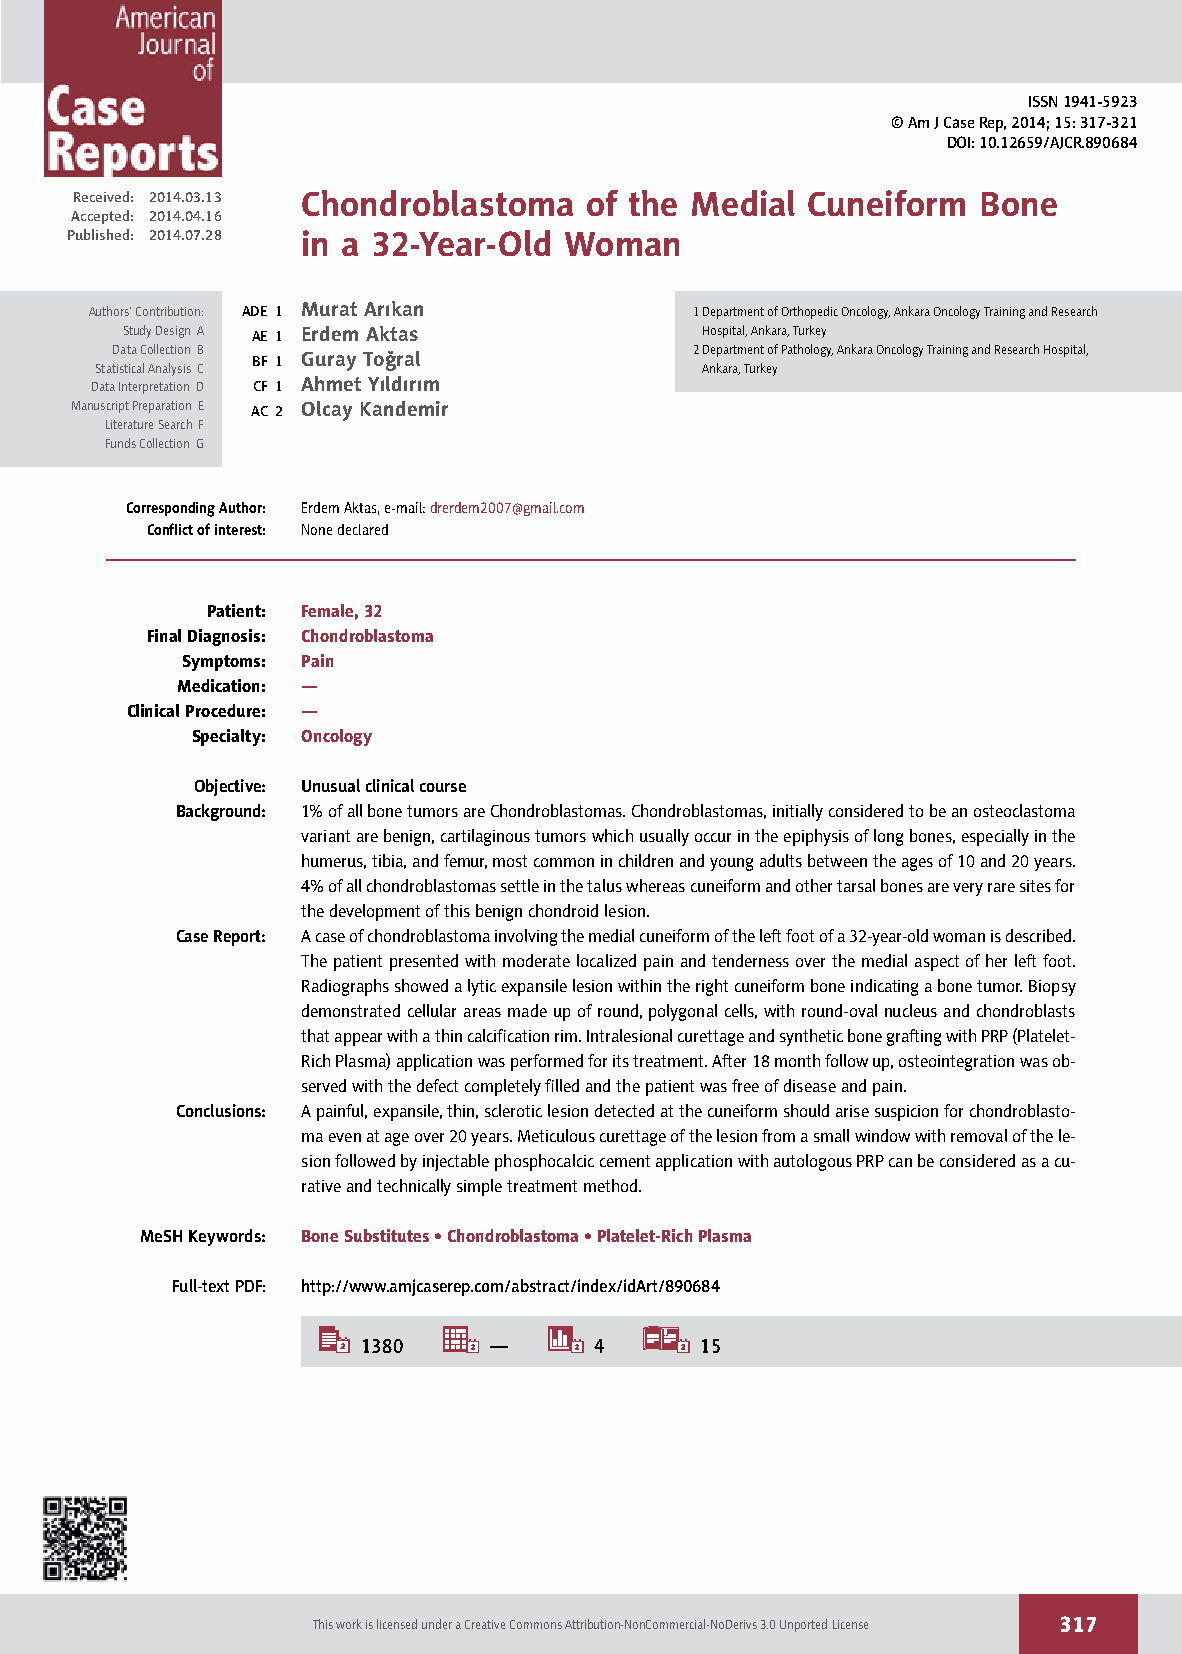
ISSN 1941-5923
 © Am J Case Rep, 2014; 15: 317-321
 DOI: 10.12659/AJCR.890684
 Received: 2014.03.13 Chondroblastoma of the Medial Cuneiform Bone
 Accepted: 2014.04.16
 Published: 2014.07.28 in a 32-Year-Old Woman
 Aut hors’ Contribution: ADE 1 Murat Arıkan 1 Department of Orthopedic Oncology, Ankara Oncology Training and Research
 Study Design A AE 1 Erdem Aktas       Hospital, Ankara, Turkey
 Data Collection B                      2 Department of Pathology, Ankara Oncology Training and Research Hospital,
 BF 1 Guray Toğral
 Statistical Analysis C                  Ankara, Turkey
 Dat a Interpretation D CF 1 Ahmet Yıldırım
 Manusc ript Preparation E AC 2 Olcay Kandemir
 Literature Search F
 Funds Collection G
 Corresponding Author: Erdem Aktas, e-mail: drerdem2007@gmail.com
 Conflict of interest: None declared
 Patient: Female, 32
 Final Diagnosis: Chondroblastoma
 Symptoms: Pain
 Medication: —
 Clinical Procedure: —
 Specialty: Oncology
 Objective: Unusual clinical course
 Background: 1% of all bone tumors are Chondroblastomas. Chondroblastomas, initially considered to be an osteoclastoma
 variant are benign, cartilaginous tumors which usually occur in the epiphysis of long bones, especially in the
 humerus, tibia, and femur, most common in children and young adults between the ages of 10 and 20 years.
 4% of all chondroblastomas settle in the talus whereas cuneiform and other tarsal bones are very rare sites for
 the development of this benign chondroid lesion.
 Case Report: A case of chondroblastoma involving the medial cuneiform of the left foot of a 32-year-old woman is described.
 The patient presented with moderate localized pain and tenderness over the medial aspect of her left foot.
 Radiographs showed a lytic expansile lesion within the right cuneiform bone indicating a bone tumor. Biopsy
 demonstrated cellular areas made up of round, polygonal cells, with round-oval nucleus and chondroblasts
 that appear with a thin calcification rim. Intralesional curettage and synthetic bone grafting with PRP (Platelet-
 Rich Plasma) application was performed for its treatment. After 18 month follow up, osteointegration was ob-
 served with the defect completely filled and the patient was free of disease and pain.
 Conclusions: A painful, expansile, thin, sclerotic lesion detected at the cuneiform should arise suspicion for chondroblasto-
 ma even at age over 20 years. Meticulous curettage of the lesion from a small window with removal of the le-
 sion followed by injectable phosphocalcic cement application with autologous PRP can be considered as a cu-
 rative and technically simple treatment method.
 MeSH Keywords: Bone Substitutes • Chondroblastoma • Platelet-Rich Plasma
 Full-text PDF: http://www.amjcaserep.com/abstract/index/idArt/890684
 1380    —      4      15
 This work is licensed under a Creative Commons Attribution-NonCommercial-NoDerivs 3.0 Unported License 317